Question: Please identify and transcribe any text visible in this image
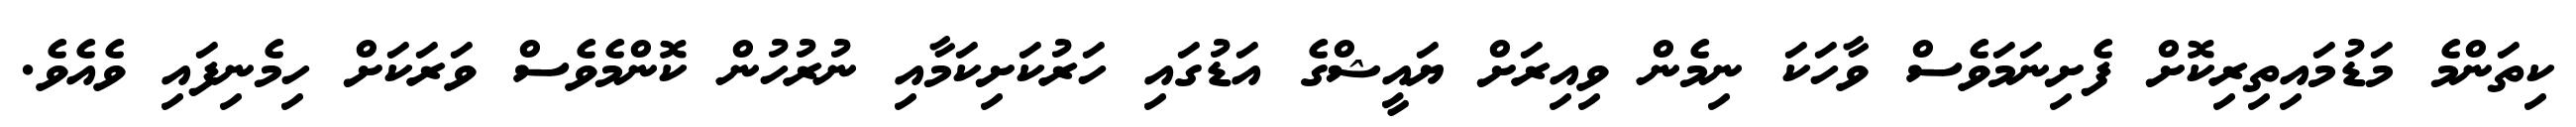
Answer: ކިތަންމެ މަޑުމައިތިރިކޮށް ފެށިނަމަވެސް ވާހަކަ ނިމެން ވިއިރަށް ޔައީޝްގެ އަޑުގައި ހަރުކަށިކަމާއި ނުރުހުން ކޮންމެވެސް ވަރަކަށް ހިމެނިފައި ވެއެވެ.